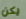
يكن